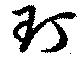
玎